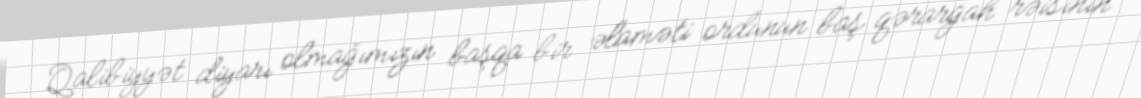
Qalibiyyət diyarı olmağımızın başqa bir əlaməti ordunun baş qərargah rəisinin